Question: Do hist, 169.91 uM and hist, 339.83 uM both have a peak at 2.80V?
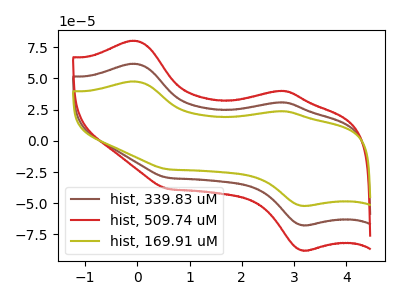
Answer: <think>The brown curve "hist, 339.83 uM" has anodic peaks at (-0.05V, 61.70uA) (2.80V, 30.80uA) and cathodic peaks at (3.20V, -67.60uA) (0.60V, -29.60uA). The red curve "hist, 509.74 uM" has anodic peaks at (-0.05V, 123.40uA) (2.80V, 61.60uA) and cathodic peaks at (3.20V, -135.20uA) (0.60V, -59.20uA). The olive curve "hist, 169.91 uM" has anodic peaks at (-0.05V, 47.50uA) (2.80V, 23.70uA) and cathodic peaks at (3.20V, -52.05uA) (0.60V, -22.80uA).</think>
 <answer>Yes, "hist, 169.91 uM" and "hist, 339.83 uM" share a peak at 2.80V.</answer>
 <eval>match</eval>